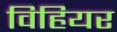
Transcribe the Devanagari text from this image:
विहियर